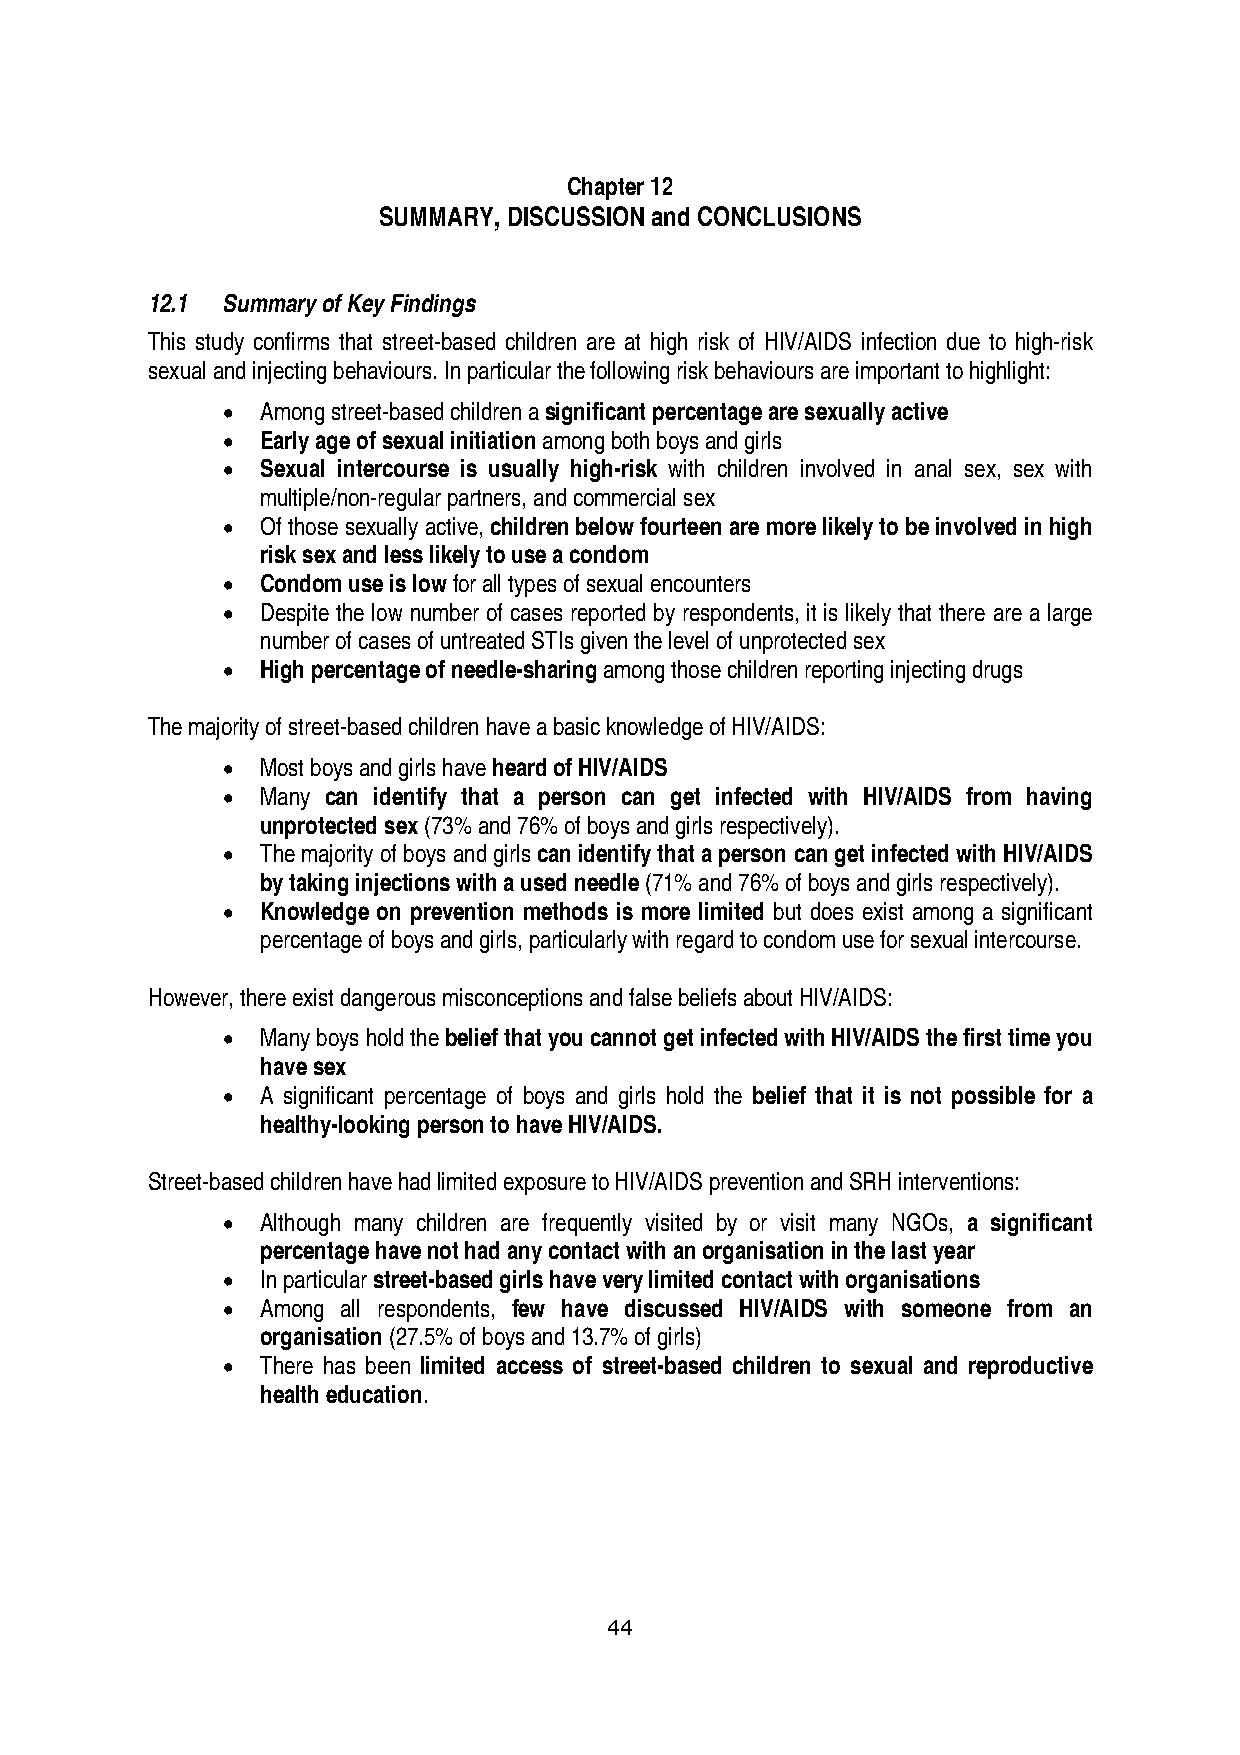
Chapter 12
 SUMMARY, DISCUSSION and CONCLUSIONS
 12.1 Summary of Key Findings
 This study confirms that street-based children are at high risk of HIV/AIDS infection due to high-risk
 sexual and injecting behaviours. In particular the following risk behaviours are important to highlight:
 • Among street-based children a significant percentage are sexually active
 • Early age of sexual initiation among both boys and girls
 • Sexual intercourse is usually high-risk with children involved in anal sex, sex with
 multiple/non-regular partners, and commercial sex
 • Of those sexually active, children below fourteen are more likely to be involved in high
 risk sex and less likely to use a condom
 • Condom use is low for all types of sexual encounters
 • Despite the low number of cases reported by respondents, it is likely that there are a large
 number of cases of untreated STIs given the level of unprotected sex
 • High percentage of needle-sharing among those children reporting injecting drugs
 The majority of street-based children have a basic knowledge of HIV/AIDS:
 • Most boys and girls have heard of HIV/AIDS
 • Many can identify that a person can get infected with HIV/AIDS from having
 unprotected sex (73% and 76% of boys and girls respectively).
 • The majority of boys and girls can identify that a person can get infected with HIV/AIDS
 by taking injections with a used needle (71% and 76% of boys and girls respectively).
 • Knowledge on prevention methods is more limited but does exist among a significant
 percentage of boys and girls, particularly with regard to condom use for sexual intercourse.
 However, there exist dangerous misconceptions and false beliefs about HIV/AIDS:
 • Many boys hold the belief that you cannot get infected with HIV/AIDS the first time you
 have sex
 • A significant percentage of boys and girls hold the belief that it is not possible for a
 healthy-looking person to have HIV/AIDS.
 Street-based children have had limited exposure to HIV/AIDS prevention and SRH interventions:
 • Although many children are frequently visited by or visit many NGOs, a significant
 percentage have not had any contact with an organisation in the last year
 • In particular street-based girls have very limited contact with organisations
 • Among all respondents, few have discussed HIV/AIDS with someone from an
 organisation (27.5% of boys and 13.7% of girls)
 • There has been limited access of street-based children to sexual and reproductive
 health education.
 44